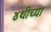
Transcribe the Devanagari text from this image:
४थीच्या